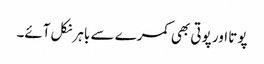
پوتا اور پوتی بھی کمرے سے باہر نکل آئے۔